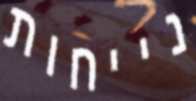
נייחות